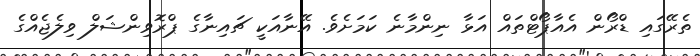
ތެރޭގައި ޑްރޯން އެއާޕޯޓްތައް އަޅާ ނިންމާނެ ކަމަށެވެ. އޭނާއަކީ ޗައިނާގެ ޕްރޮވިންޝަލް ވިލެޖެއްގެ